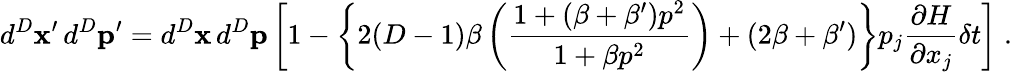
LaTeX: d^{D}\mathbf{x}^{\prime}\, d^{D}\mathbf{p}^{\prime}=d^{D}\mathbf{x}\, d^{D}\mathbf{p}\left[1-\left\{ 2(D-1)\beta\left(\frac{1+(\beta+\beta^{\prime})p^{2}}{1+\beta p^{2}}\right)+(2\beta+\beta^{\prime})\right\} p_{j}\frac{\partial H}{\partial x_{j}}\delta t\right]\; .